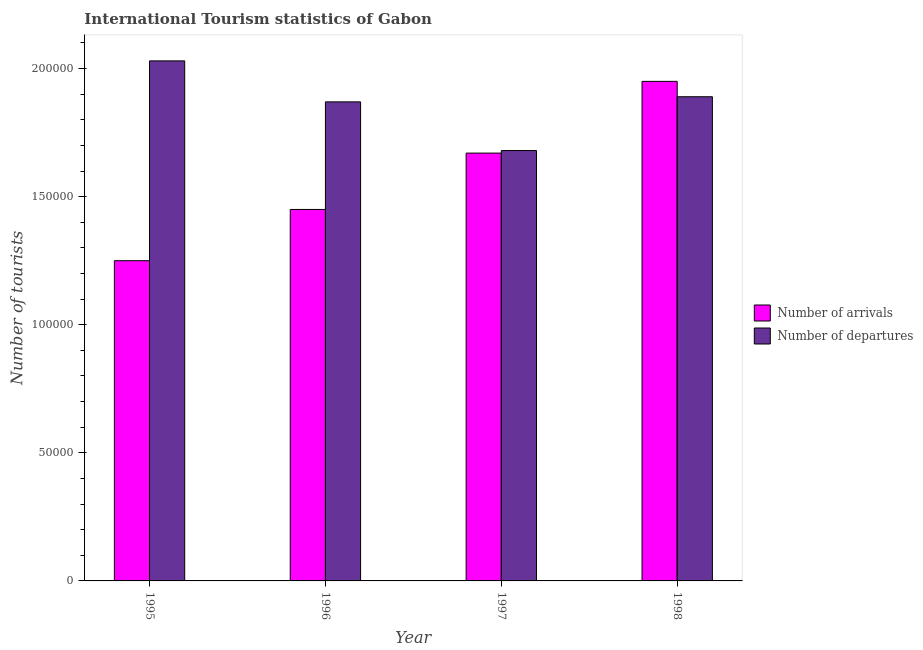
| Year | Number of arrivals | Number of departures |
 | --- | --- | --- |
 | 1995 | 1.25e+05 | 2.03e+05 |
 | 1996 | 1.45e+05 | 1.87e+05 |
 | 1997 | 1.67e+05 | 1.68e+05 |
 | 1998 | 1.95e+05 | 1.89e+05 |